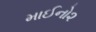
માઈનો૨